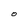
Character: O